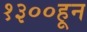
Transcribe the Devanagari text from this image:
१३००हून